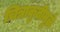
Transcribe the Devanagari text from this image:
चित्राकृतीमुळे